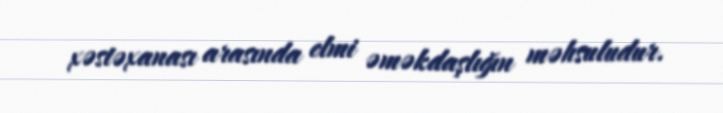
xəstəxanası arasında elmi əməkdaşlığın məhsuludur.